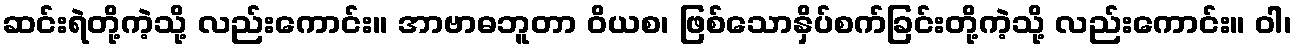
ဆင်းရဲတို့ကဲ့သို့ လည်းကောင်း။ အာဗာဓဘူတာ ဝိယစ၊ ဖြစ်သောနှိပ်စက်ခြင်းတို့ကဲ့သို့ လည်းကောင်း။ ဝါ၊